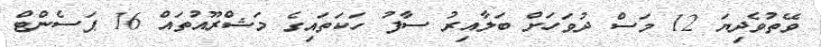
ވޭތުވެދިޔަ 12 މަސް ދުވަހަށް ބަލާއިރު ސާފު ހަކަތައިގެ މަޝްރޫއުތައް 16 ޕަސެންޓް